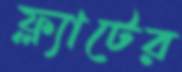
ফ্ল্যাটের